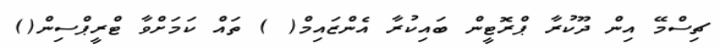
ޗިސްމޭ އިން ދޫކުރާ ޕްރޮޓީން ބައިކުރާ އެންޒައިމް( ) ތައް ކަމަށްވާ ޓްރީޕްސިން()